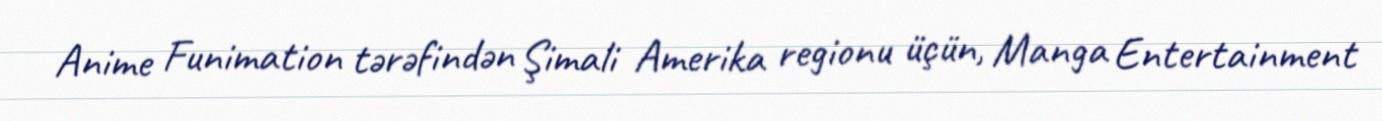
Anime Funimation tərəfindən Şimali Amerika regionu üçün, Manga Entertainment